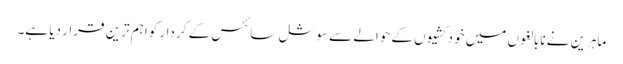
ماہرین نے نابالغوں میں خودکشیوں کے حوالے سے سوشل سائٹس کے کردار کو اہم ترین قرار دیا ہے۔